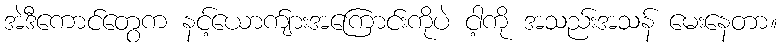
အဲဒီကောင်တွေက နင့်ယောက်ျားအကြောင်းကိုပဲ ငါ့ကို အသည်းအသန် မေးနေတာ။